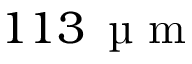
1 1 3 \, \mathrm { ~ \textmu ~ m ~ }